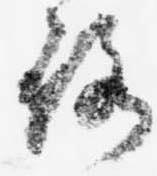
路